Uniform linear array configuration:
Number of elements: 32
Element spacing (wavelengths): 0.75
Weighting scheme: uniform
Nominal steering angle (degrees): -30
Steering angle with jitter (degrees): -30.668
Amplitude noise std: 0.05
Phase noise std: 0.05

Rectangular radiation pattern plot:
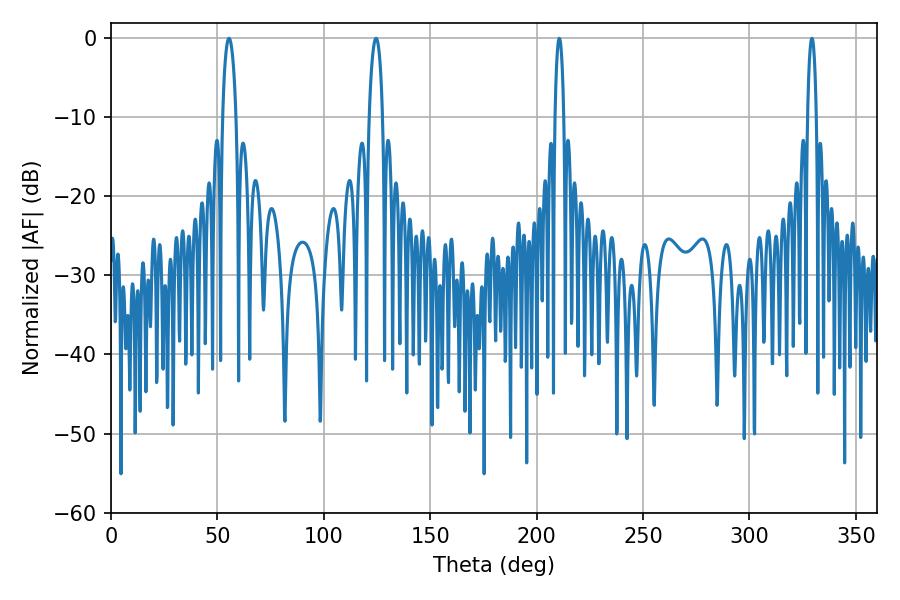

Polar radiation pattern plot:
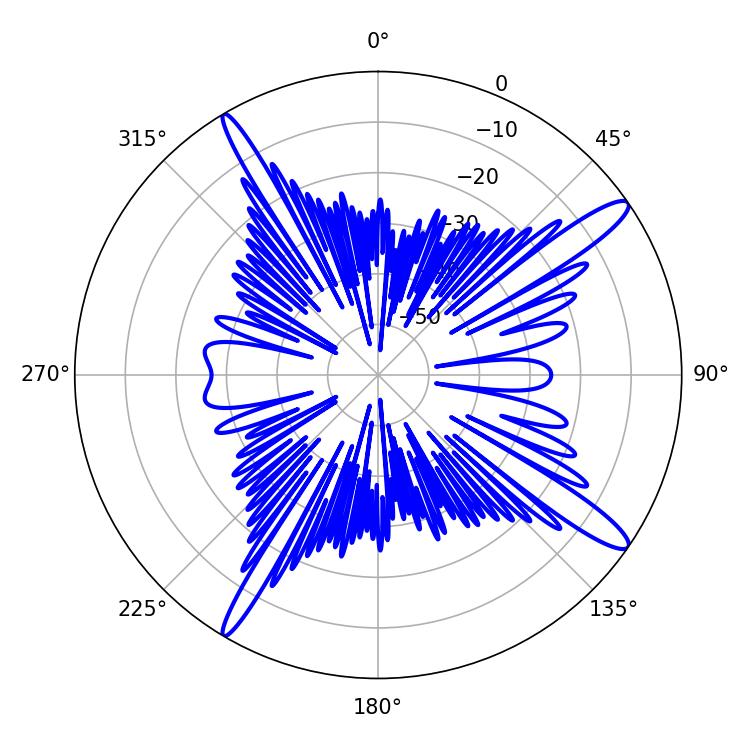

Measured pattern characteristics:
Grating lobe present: TRUE
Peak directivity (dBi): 14.559
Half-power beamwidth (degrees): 3.6
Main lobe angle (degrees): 124.56